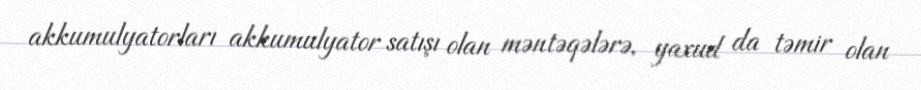
akkumulyatorları akkumulyator satışı olan məntəqələrə, yaxud da təmir olan